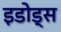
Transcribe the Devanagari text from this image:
इडोड्स